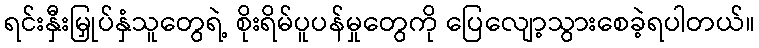
ရင်းနှီးမြှုပ်နှံသူတွေရဲ့ စိုးရိမ်ပူပန်မှုတွေကို ပြေလျော့သွားစေခဲ့ရပါတယ်။